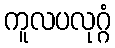
ကူလပလုဂ္ဂံ